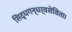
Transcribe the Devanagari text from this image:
सिद्धगन्धर्वसेविता।